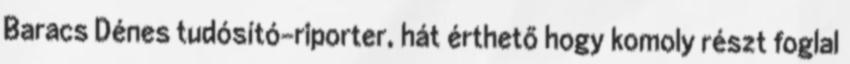
Baracs Dénes tudósító-riporter, hát érthető hogy komoly részt foglal